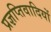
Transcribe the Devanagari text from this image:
प्रज्ञप्तिवादियों